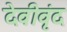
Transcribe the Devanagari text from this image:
देवीवृंद